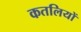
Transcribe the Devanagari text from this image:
कतलियों